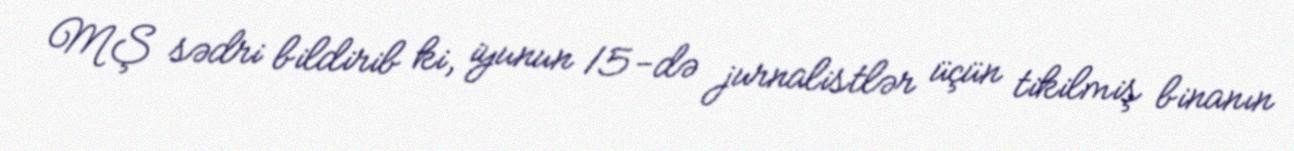
MŞ sədri bildirib ki, iyunun 15-də jurnalistlər üçün tikilmiş binanın